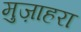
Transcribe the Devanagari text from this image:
मुज़ाहरा